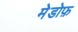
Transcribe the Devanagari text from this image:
मेडोफ़